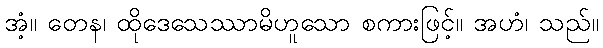
အံ့။ တေန၊ ထိုဒေသေဿာမိဟူသော စကားဖြင့်။ အဟံ၊ သည်။